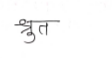
मजकूर: श्रुत